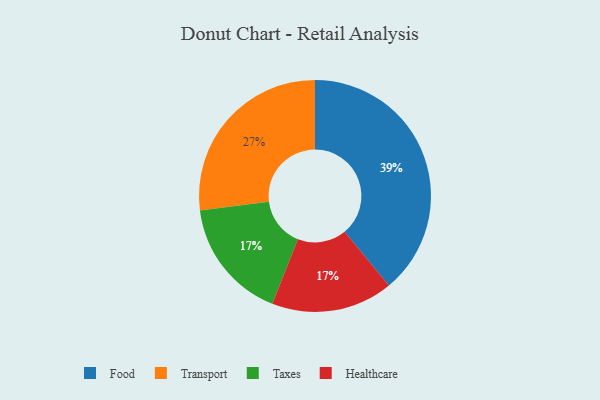
{"axis": {"x": "Category", "y": "Percentage"}, "legend": ["Food", "Healthcare", "Taxes", "Transport"], "data": [{"x": "Transport", "y": 27, "type": "Transport"}, {"x": "Taxes", "y": 17, "type": "Taxes"}, {"x": "Food", "y": 39, "type": "Food"}, {"x": "Healthcare", "y": 17, "type": "Healthcare"}]}